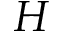
H